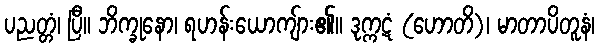
ပညတ္တံ၊ ပြီ။ ဘိက္ခုနော၊ ရဟန်းယောကျ်ား၏။ ဒုက္ကဋံ (ဟောတိ)၊ မာတာပိတူနံ၊